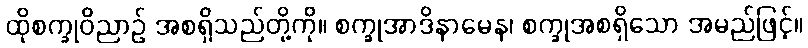
ထိုစက္ခုဝိညာဉ် အစရှိသည်တို့ကို။ စက္ခုအာဒိနာမေန၊ စက္ခုအစရှိသော အမည်ဖြင့်။